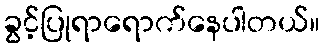
ခွင့်ပြုရာရောက်နေပါတယ်။